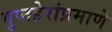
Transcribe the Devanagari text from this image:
गुप्तहेरांप्रमाणे